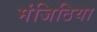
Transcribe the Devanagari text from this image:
मंजिठिया